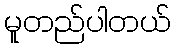
မူတည်ပါတယ်